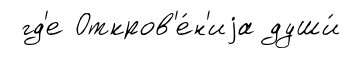
гд'е Откров'е́н'иjа души́